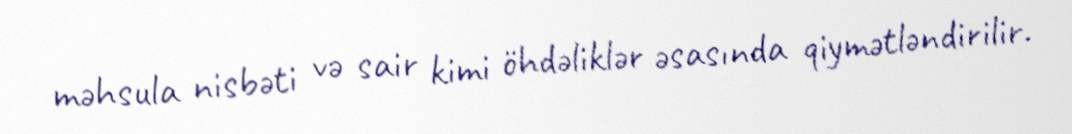
məhsula nisbəti və sair kimi öhdəliklər əsasında qiymətləndirilir.